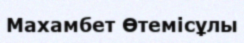
Махамбет Өтемісұлы